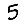
Digit: 5